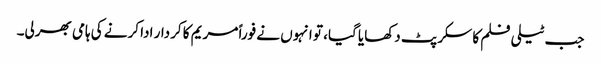
جب ٹیلی فلم کا سکرپٹ دکھایا گیا، تو انہوں نے فوراً مریم کا کردار ادا کرنے کی ہامی بھرلی۔